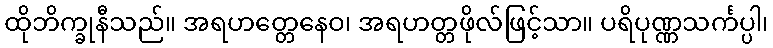
ထိုဘိက္ခုနီသည်။ အရဟတ္တေနေဝ၊ အရဟတ္တဖိုလ်ဖြင့်သာ။ ပရိပုဏ္ဏသင်္ကပ္ပါ၊